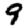
Digit: 9